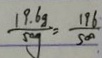
\frac { 1 9 . 6 g } { 5 0 g } = \frac { 1 9 6 } { 5 0 0 }